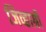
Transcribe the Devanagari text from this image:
जिव्हाग्री